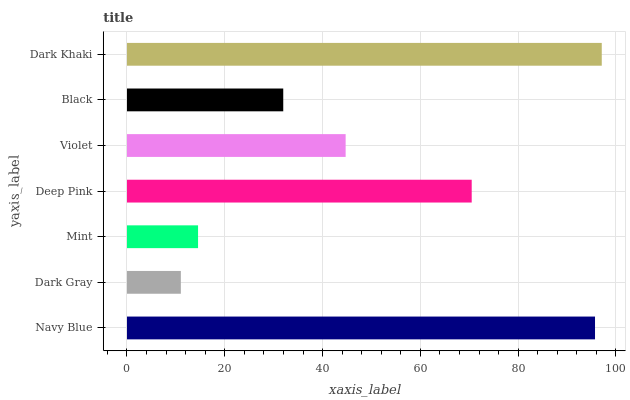
| yaxis_label | bars |
 | --- | --- |
 | Navy Blue | 95.7 |
 | Dark Gray | 11 |
 | Mint | 14.5 |
 | Deep Pink | 70.5 |
 | Violet | 44.7 |
 | Black | 32 |
 | Dark Khaki | 97.1 |